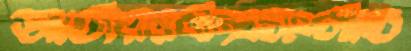
জাতীয়রবীন্দ্রসংগীত